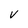
Character: v